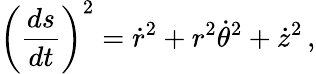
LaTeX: \left({\frac{ds}{dt}}\right)^{2}={\dot{r}}^{2}+r^{2}{\dot{\theta}}^{2}+{\dot{z}}^{2}\, ,